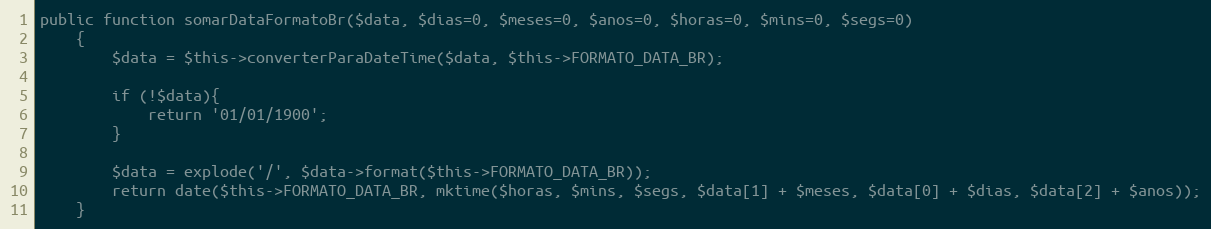
Language: PHP
public function somarDataFormatoBr($data, $dias=0, $meses=0, $anos=0, $horas=0, $mins=0, $segs=0)
    {
        $data = $this->converterParaDateTime($data, $this->FORMATO_DATA_BR);

        if (!$data){
            return '01/01/1900';
        }

        $data = explode('/', $data->format($this->FORMATO_DATA_BR));
        return date($this->FORMATO_DATA_BR, mktime($horas, $mins, $segs, $data[1] + $meses, $data[0] + $dias, $data[2] + $anos));
    }